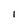
Character: 1